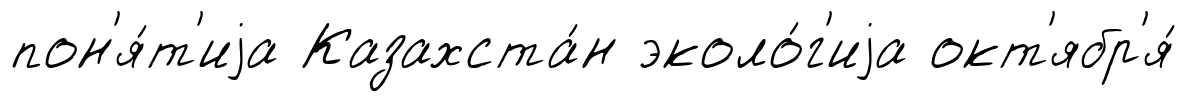
пон'я́т'иjа Казахста́н эколо́г'иjа окт'ябр'я́